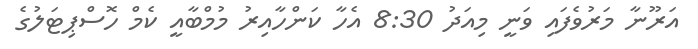
އަރޫނާ މަރުވެފައި ވަނީ މިއަދު 8:30 އެހާ ކަންހާއިރު މުމްބާއީ ކެމް ހޮސްޕިޓަލުގެ